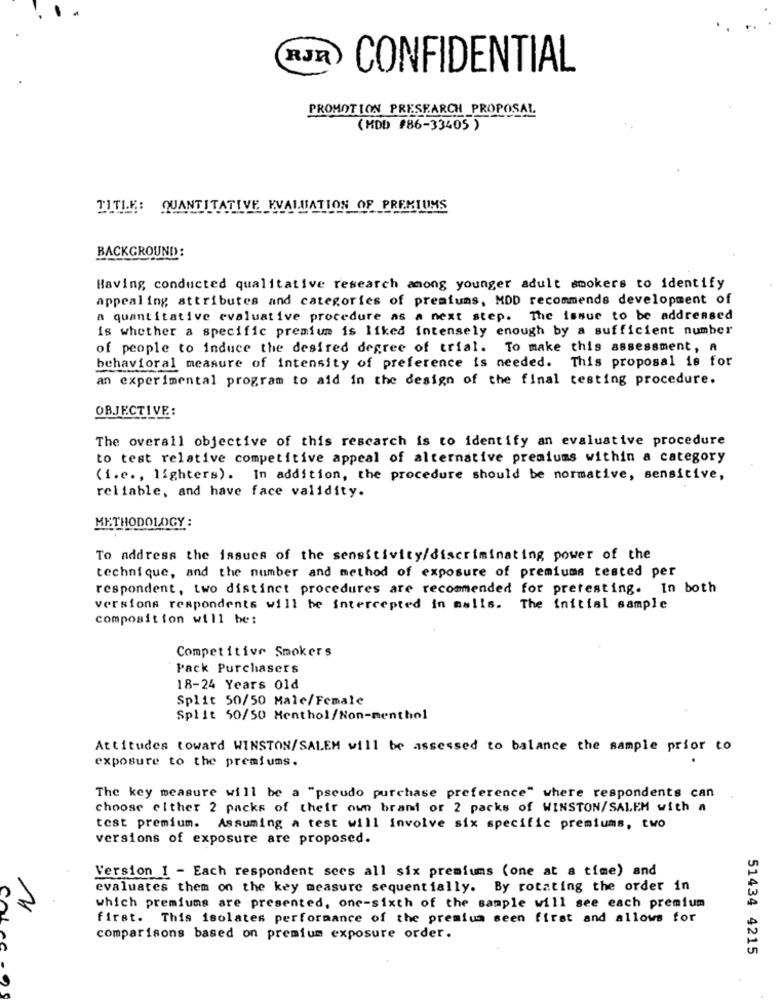
RJR
CONFIDENTIAL
PROMOTION PRESEARCH PROPOSAL
(HDD #86-33405 )
TITLE:
QUANTITATIVE EVALUATION OF PREMIUMS
BACKGROUND:
Having conducted qualitative research among younger adult smokers to identify
appealing attributes and categories of premiums, MDD recommends development of
a quantitative evaluative procedure as a next step. The issue to be addressed
is whether a specific premium is liked intensely enough by a sufficient number
of people to induce the desired degree of trial. To make this assessment, a
behavioral measure of intensity of preference is needed. This proposal is for
an experimental program to aid in the design of the final testing procedure.
OBJECTIVE:
The overall objective of this rescarch is to identify an evaluative procedure
to test relative competitive appeal of alternative premiums within a category
(i.c ., lighters). In addition, the procedure should be normative, sensitive,
reliable, and have face validity.
METHODOLOGY :
To address the issues of the sensitivity/discriminating power of the
technique, and the number and method of exposure of premiums tested per
respondent, two distinct procedures are recommended for pretesting. In both
versions respondents will be intercepted in malls. The initial sample
composition will be:
Competitive Smokers
Pack Purchasers
18-24 Years Old
Split 50/50 Male/Female
Split 50/50 Menthol/Non-menthol
Attitudes toward WINSTON/SALEH will be assessed to balance the sample prior to
exposure to the premiums.
The key measure will be a "pseudo purchase preference" where respondents can
choose either 2 packs of their own brand or 2 packs of WINSTON/SALEH with a
test premium. Assuming a test will involve six specific premiums, two
versions of exposure are proposed.
Version I - Each respondent sees all six premiums (one at a time) and
evaluates them on the key measure sequentially. By rotating the order in
which premiums are presented, one-sixth of the sample will see each premium
first. This isolates performance of the premium seen first and allows for
comparisons based on premium exposure order.
51434 4215